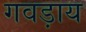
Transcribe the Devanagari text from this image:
गवड़ाय